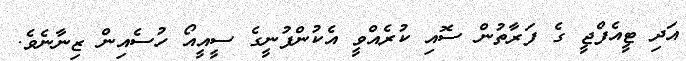
އަދި ޓީއެފްޖީ ގެ ފަރާތުން ސޮއި ކުރެއްވީ އެކުންފުނީގެ ސީއީއޯ ހުސެއިން ޒިނާނެވެ.